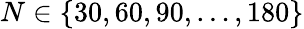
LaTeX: N\in\{ 30,60,90,\dots,180\}